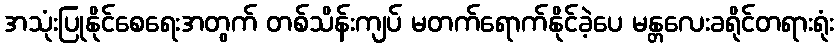
အသုံးပြုနိုင်စေရေးအတွက် တစ်သိန်းကျပ် မတက်ရောက်နိုင်ခဲ့ပေ မန္တလေးခရိုင်တရားရုံး